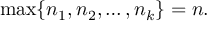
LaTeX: \operatorname* { m a x } \{ n _ { 1 } , n _ { 2 } , \ldots , n _ { k } \} = n .